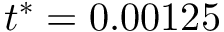
t ^ { * } = 0 . 0 0 1 2 5